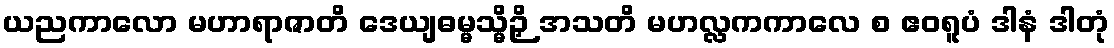
ယညကာလော မဟာရာဇာတိ ဒေယျဓမ္မသ္မိဉှိ အသတိ မဟလ္လကကာလေ စ ဧဝရူပံ ဒါနံ ဒါတုံ